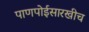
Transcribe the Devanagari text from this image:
पाणपोईसारखीच